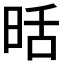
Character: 𭥹